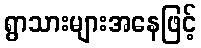
ရွာသားများအနေဖြင့်